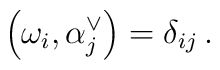
\left(\omega_{i},\alpha_{j}^{\vee}\right)=\delta_{ij}\,.